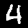
Label: 4